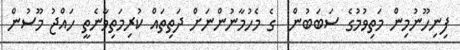
ފިނިހޫނުމިން މަތިވުމުގެ ސަބަބުން  ގެ މެހުމާނުންނަށް ދަތިތައް ކުރިމަަތިވާނެތީ ހައްޖު މޫސުން